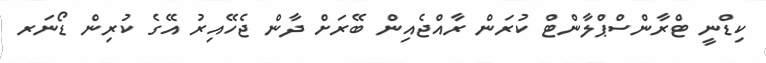
ކިޑްނީ ޓްރާންސްޕްލާންޓް ކުރަން ރާއްޖެއިން ބޭރަށް ދާން ޖެހޭއިރު އޭގެ ކުރިން ޑޯނަރ